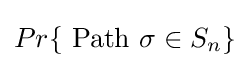
Pr\{{\hbox{ Path }}\sigma \in S_{n}\}